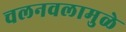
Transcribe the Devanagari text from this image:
चलनवलामुळे